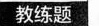
教练题